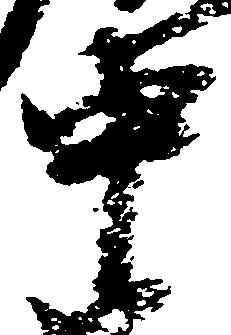
中